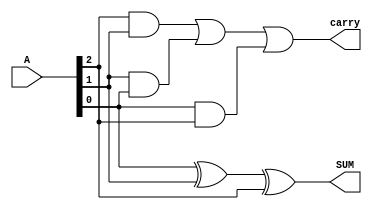
//ADDSUB1BIT
`timescale 1ns / 1ps
module FullAdder(input [2:0] A, output SUM, output carry);
// A[2] = A, A[1] = B, A[0] = C_in
xor (SUM, A[0], A[1], A[2]);
and (a1, A[2], A[1]);
and (a2, A[1], A[0]);
and (a3, A[0], A[2]);
or (carry, a1, a2, a3);
endmodule